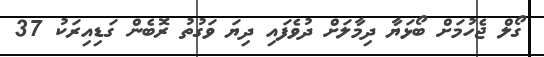
ގޯލް ޖެހުމަށް ބޯޅަޔާ ދިމާލަށް ދުވެފައި ދިޔަ ވަގުތު ރޮބެން ގަޑިއިރަކު 37